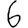
Digit: 6